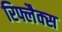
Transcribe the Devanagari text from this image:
रिफ्लैक्‍स